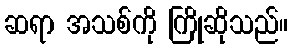
ဆရာ အသစ်ကို ကြိုဆိုသည်။